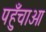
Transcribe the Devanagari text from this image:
पहुँचाओ